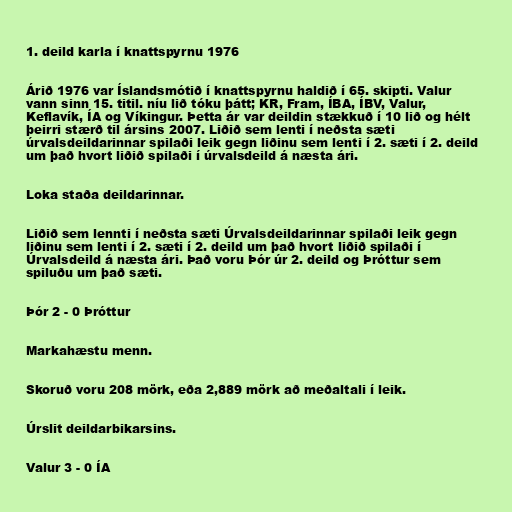
1. deild karla í knattspyrnu 1976

Árið 1976 var Íslandsmótið í knattspyrnu haldið í 65. skipti. Valur
vann sinn 15. titil. níu lið tóku þátt; KR, Fram, ÍBA, ÍBV, Valur,
Keflavík, ÍA og Víkingur. Þetta ár var deildin stækkuð í 10 lið og hélt
þeirri stærð til ársins 2007. Liðið sem lenti í neðsta sæti
úrvalsdeildarinnar spilaði leik gegn liðinu sem lenti í 2. sæti í 2. deild
um það hvort liðið spilaði í úrvalsdeild á næsta ári.

Loka staða deildarinnar.

Liðið sem lennti í neðsta sæti Úrvalsdeildarinnar spilaði leik gegn
liðinu sem lenti í 2. sæti í 2. deild um það hvort liðið spilaði í
Úrvalsdeild á næsta ári. Það voru Þór úr 2. deild og Þróttur sem
spiluðu um það sæti.

Þór 2 - 0 Þróttur

Markahæstu menn.

Skoruð voru 208 mörk, eða 2,889 mörk að meðaltali í leik.

Úrslit deildarbikarsins.

Valur 3 - 0 ÍA